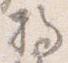
将